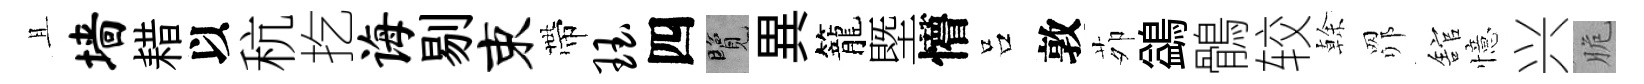
且墙耤以秔扢诲剔束帶珏四覽異籠塈懵吕敦茆鷁鶻较𠏉𦊑舘憶兴脆